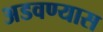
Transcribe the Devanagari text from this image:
अडवण्यास